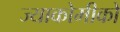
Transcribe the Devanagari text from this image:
ज्याकोमीको